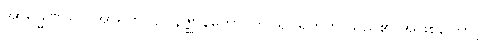
အာရမ္မဏဿ၊ အာရုံကို။ ဥပနိဇ္ဈာနတော၊ ကပ်၍ ရှုတတ် သည်၏ အဖြစ်ကြောင့်။